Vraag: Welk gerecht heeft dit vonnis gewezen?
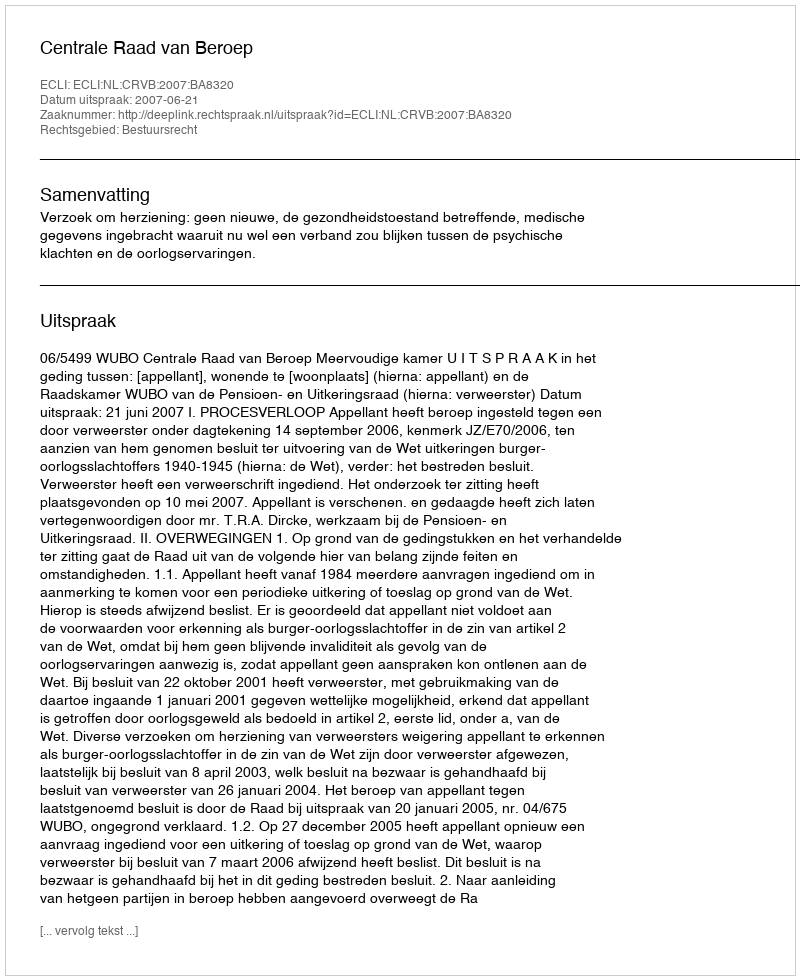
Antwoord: Centrale Raad van Beroep